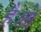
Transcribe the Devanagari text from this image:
है।तो